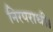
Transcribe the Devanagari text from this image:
निरपराधी।